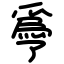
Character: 爳